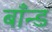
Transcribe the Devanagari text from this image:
बाँन्ड